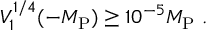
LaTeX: V _ { 1 } ^ { 1 / 4 } ( - M _ { \mathrm { P } } ) \geq 1 0 ^ { - 5 } M _ { \mathrm { P } } \ .